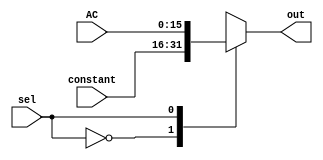

module Mux_C(constant, AC, sel, out);
	input[15:0] constant, AC;
	input sel;
	output reg [15:0]  out;


	always @ (*) 
		begin
			case (sel)
				1'b0 :  out <= constant;
				1'b1 :  out <= AC;
				
			endcase
	end
endmodule